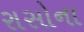
રાસોના